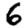
Digit: 6